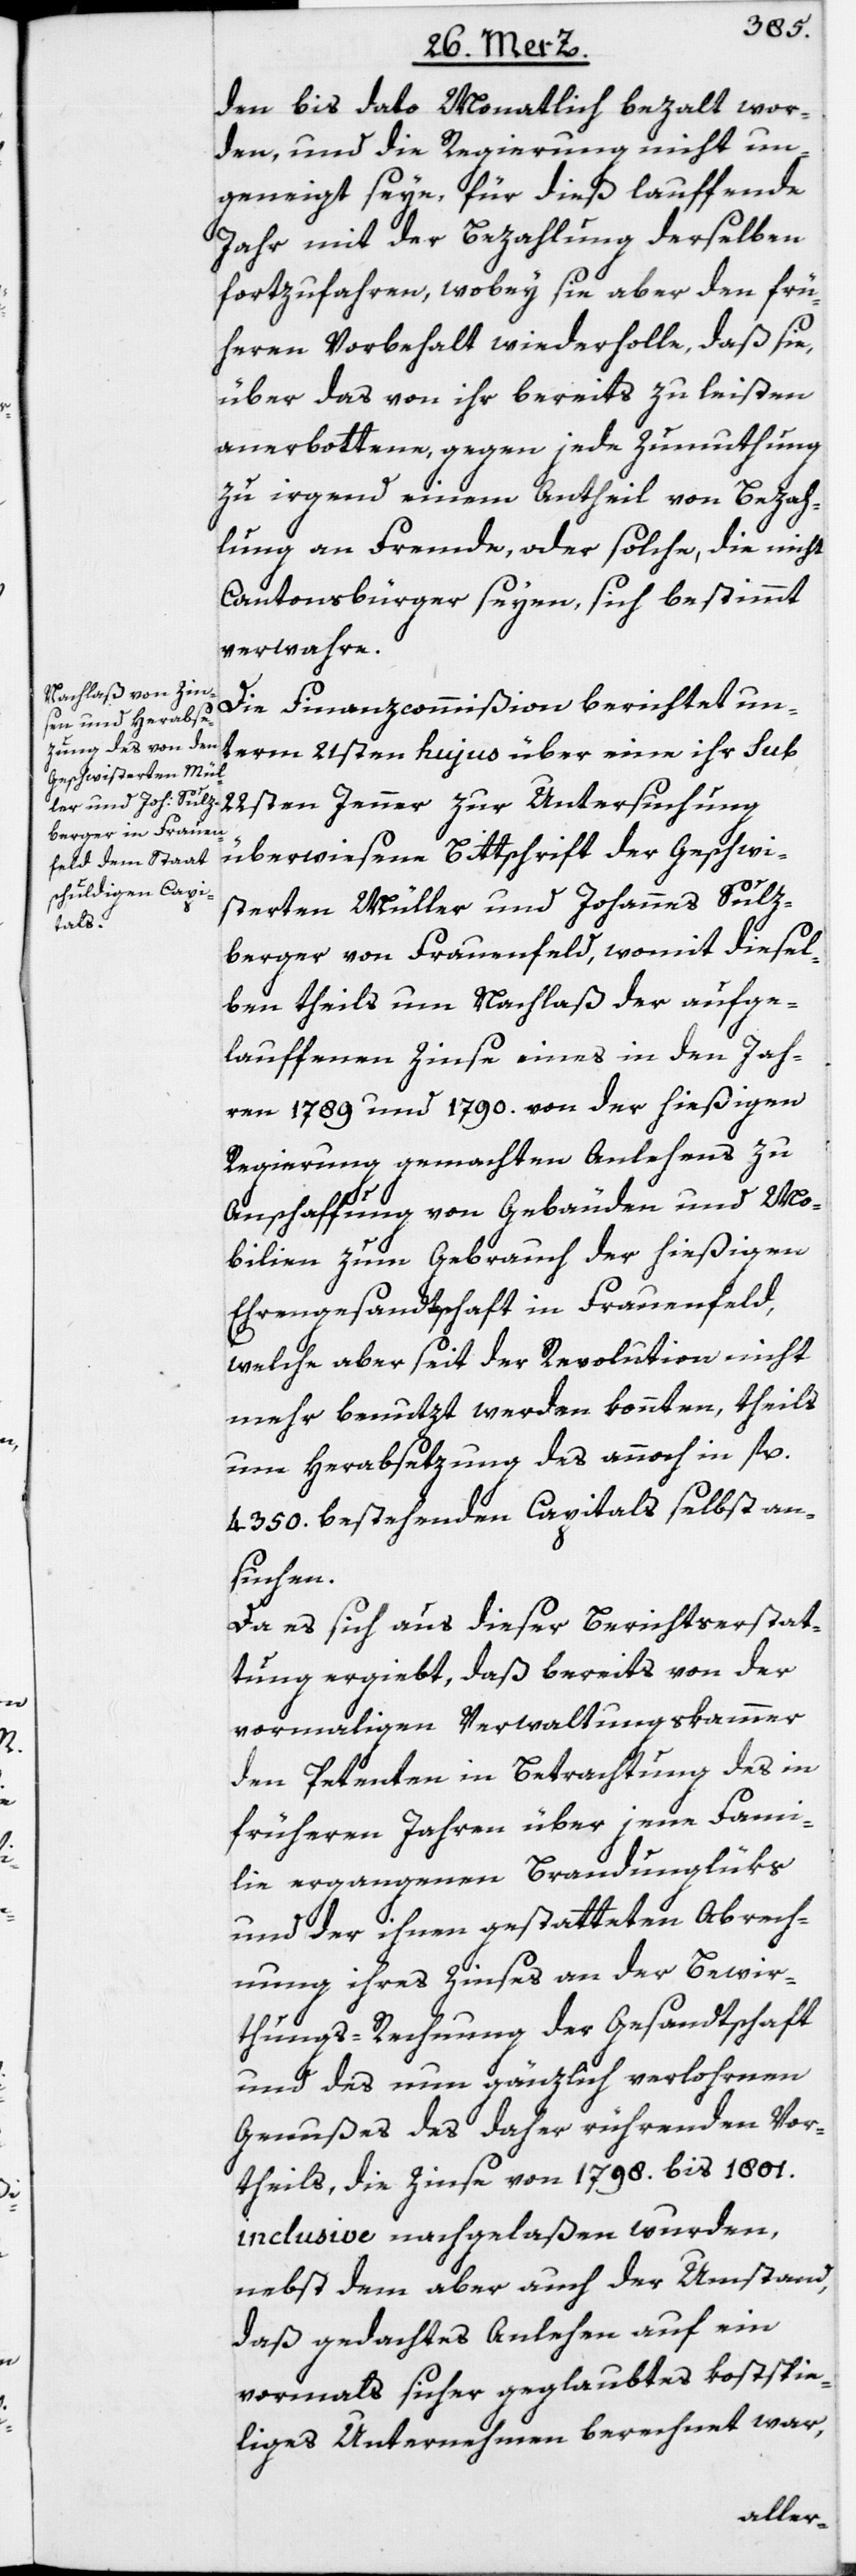
den bis dato Monatlich bezalt wor¬
den, und die Regierung nicht un¬
geneigt seye, für dieß lauffende
Jahr mit der Bezahlung derselben
fortzufahren, wobey sie aber den frü¬
heren Vorbehalt wiederholle, daß sie,
über das von ihr bereits zu leisten
anerbottene, gegen jede Zumuthung
zu irgend einem Antheil von Bezah¬
lung an Fremde, oder solche, die nicht
Cantonsbürger seyen, sich bestimmt
verwahre.
Die Finanzcommißion berichtet un¬
term 21sten hujus über eine ihr sub
22sten Jenner zur Untersuchung
überwiesene Bittschrift der Geschwi¬
sterten Müller und Johannes Sulz¬
berger von Frauenfeld, womit diesel¬
ben theils um Nachlaß der aufge¬
lauffenen Zinse eines in den Jah¬
ren 1789 und 1790. von der hießigen
Regierung gemachten Anlehens zu
Anschaffung von Gebäuden und Mo¬
bilien zum Gebrauch der hießigen
Ehrengesandtschaft in Frauenfeld,
welche aber seit der Revolution nicht
mehr benutzt werden konnten, theils
um Herabsetzung des annoch in fl.
4350. bestehenden Capitals selbst an¬
suchen.
Da es sich aus dieser Berichtserstat¬
tung ergiebt, daß bereits von der
vormaligen Verwaltungskammer
den Petenten in Betrachtung des in
früheren Jahren über jene Fami¬
lie ergangenen Brandunglüks
und der ihnen gestatteten Abrech¬
nung ihres Zinses an der Bewir¬
thungs-Rechnung der Gesandtschaft
und des nun gänzlich verlohrnen
Genußes des daher rührenden Vor¬
theils, die Zinse von 1798. bis 1801.
inclusive nachgelaßen wurden,
nebst dem aber auch der Umstand,
daß gedachtes Anlehen auf ein
vormals sicher geglaubtes kostspie¬
liges Unternehmen berechnet war,